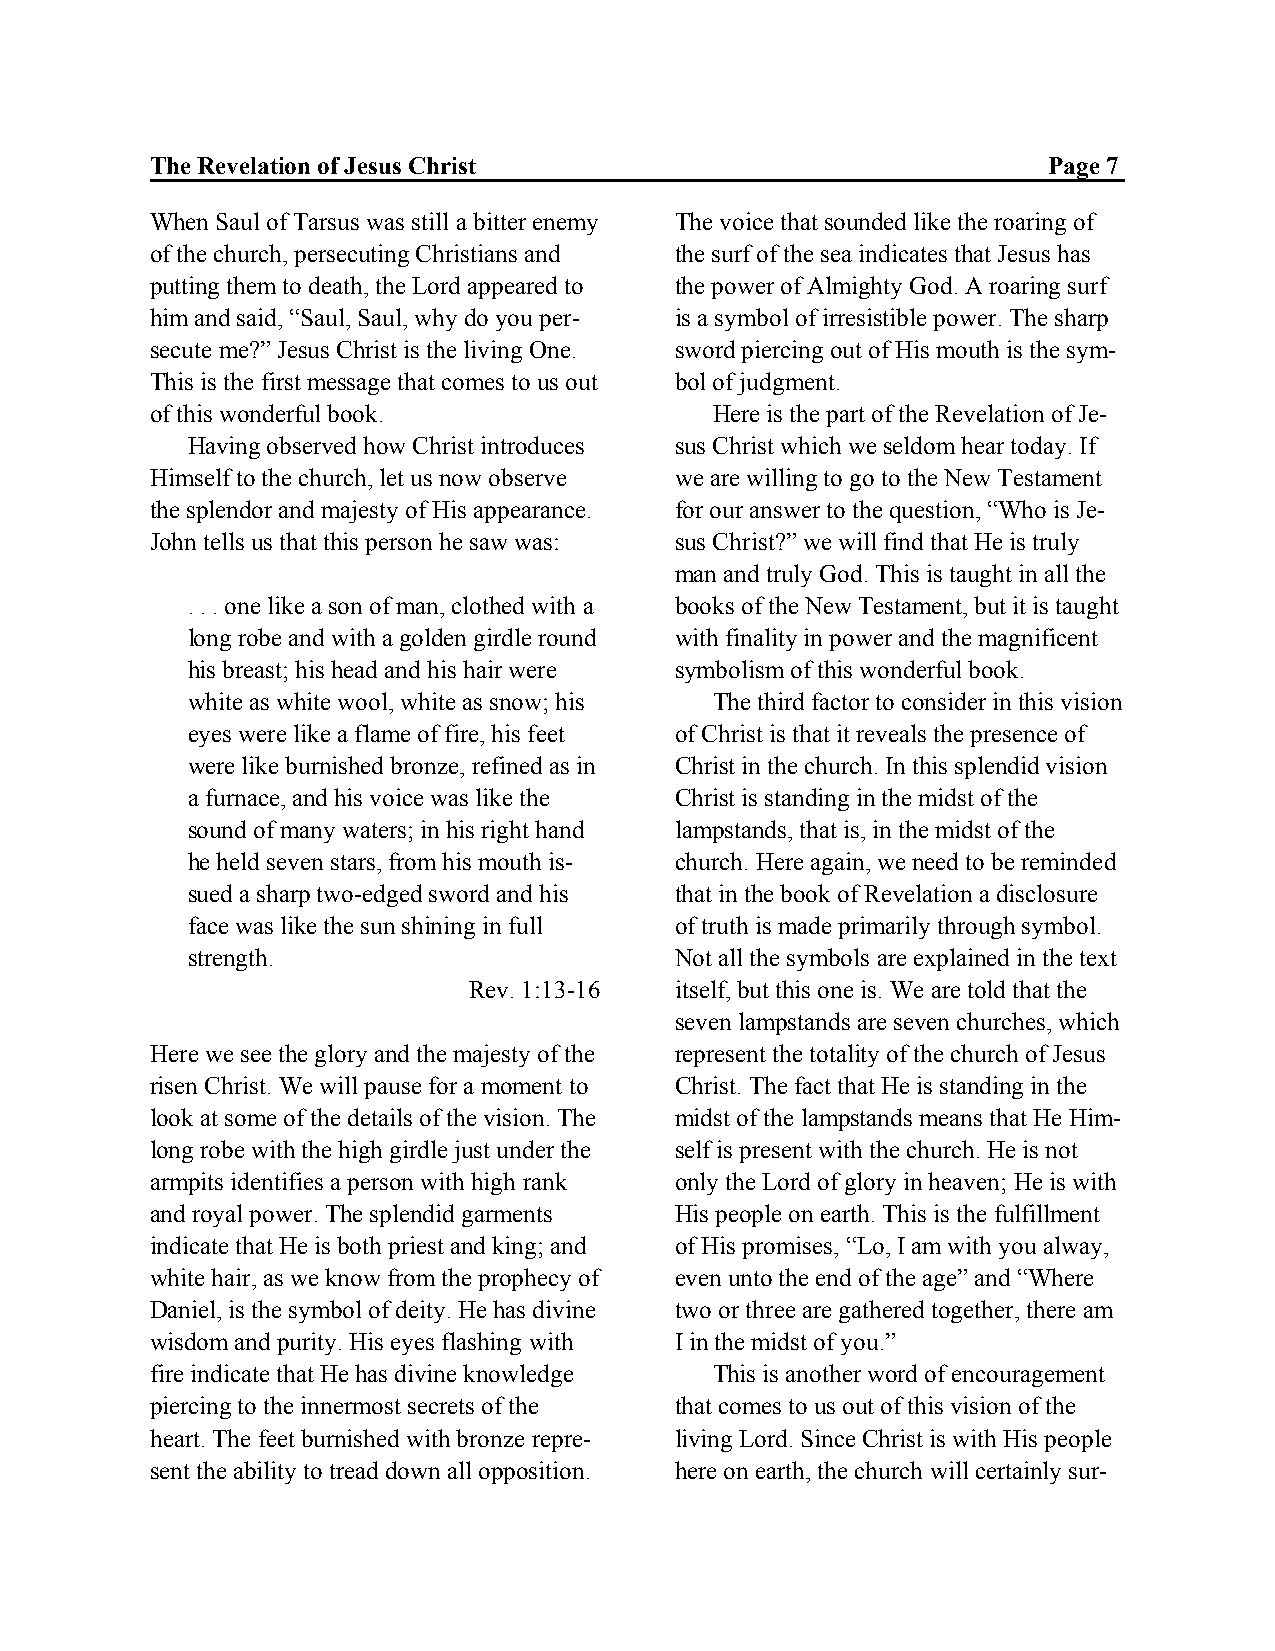
The Revelation of Jesus Christ                             Page 7
 When Saul of Tarsus was still a bitter enemy The voice that sounded like the roaring of
 of the church, persecuting Christians and the surf of the sea indicates that Jesus has
 putting them to death, the Lord appeared to the power of Almighty God. A roaring surf
 him and said, “Saul, Saul, why do you per- is a symbol of irresistible power. The sharp
 secute me?” Jesus Christ is the living One. sword piercing out of His mouth is the sym-
 This is the first message that comes to us out bol of judgment.
 of this wonderful book.              Here is the part of the Revelation of Je-
 Having observed how Christ introduces sus Christ which we seldom hear today. If
 Himself to the church, let us now observe we are willing to go to the New Testament
 the splendor and majesty of His appearance. for our answer to the question, “Who is Je-
 John tells us that this person he saw was: sus Christ?” we will find that He is truly
 man and truly God. This is taught in all the
 . . . one like a son of man, clothed with a books of the New Testament, but it is taught
 long robe and with a golden girdle round with finality in power and the magnificent
 his breast; his head and his hair were symbolism of this wonderful book.
 white as white wool, white as snow; his The third factor to consider in this vision
 eyes were like a flame of fire, his feet of Christ is that it reveals the presence of
 were like burnished bronze, refined as in Christ in the church. In this splendid vision
 a furnace, and his voice was like the Christ is standing in the midst of the
 sound of many waters; in his right hand lampstands, that is, in the midst of the
 he held seven stars, from his mouth is- church. Here again, we need to be reminded
 sued a sharp two-edged sword and his that in the book of Revelation a disclosure
 face was like the sun shining in full of truth is made primarily through symbol.
 strength.                        Not all the symbols are explained in the text
 Rev. 1:13-16  itself, but this one is. We are told that the
 seven lampstands are seven churches, which
 Here we see the glory and the majesty of the represent the totality of the church of Jesus
 risen Christ. We will pause for a moment to Christ. The fact that He is standing in the
 look at some of the details of the vision. The midst of the lampstands means that He Him-
 long robe with the high girdle just under the self is present with the church. He is not
 armpits identifies a person with high rank only the Lord of glory in heaven; He is with
 and royal power. The splendid garments His people on earth. This is the fulfillment
 indicate that He is both priest and king; and of His promises, “Lo, I am with you alway,
 white hair, as we know from the prophecy of even unto the end of the age” and “Where
 Daniel, is the symbol of deity. He has divine two or three are gathered together, there am
 wisdom and purity. His eyes flashing with I in the midst of you.”
 fire indicate that He has divine knowledge This is another word of encouragement
 piercing to the innermost secrets of the that comes to us out of this vision of the
 heart. The feet burnished with bronze repre- living Lord. Since Christ is with His people
 sent the ability to tread down all opposition. here on earth, the church will certainly sur-